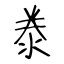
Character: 𣳾